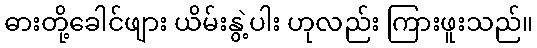
ဓားတို့ခေါင်ဖျား ယိမ်းနွဲ့ပါး ဟုလည်း ကြားဖူးသည်။